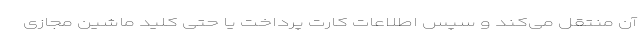
آن منتقل می‌کند و سپس اطلاعات کارت پرداخت یا حتی کلید ماشین مجازی